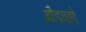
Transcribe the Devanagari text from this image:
गौडवहो